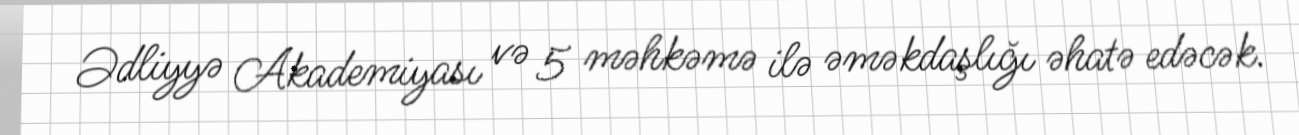
Ədliyyə Akademiyası və 5 məhkəmə ilə əməkdaşlığı əhatə edəcək.